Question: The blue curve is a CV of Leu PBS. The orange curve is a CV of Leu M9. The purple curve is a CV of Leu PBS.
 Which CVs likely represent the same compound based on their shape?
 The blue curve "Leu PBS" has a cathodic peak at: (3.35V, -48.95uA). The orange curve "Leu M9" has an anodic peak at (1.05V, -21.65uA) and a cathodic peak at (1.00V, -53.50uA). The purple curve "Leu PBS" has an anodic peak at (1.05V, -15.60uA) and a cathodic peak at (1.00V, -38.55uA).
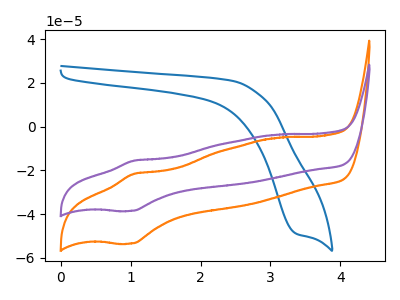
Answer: <think>"Leu PBS" and "Leu M9" have a different number of peaks. "Leu PBS" and "Leu PBS" have a different number of peaks. All the peaks in "Leu M9" have a peak in "Leu PBS" at the same potential.
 </think>
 <answer>"Leu M9" and "Leu PBS" have the same shape and are likely CV's of the same chemical.</answer>
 <eval>"Leu M9" "Leu PBS"</eval>